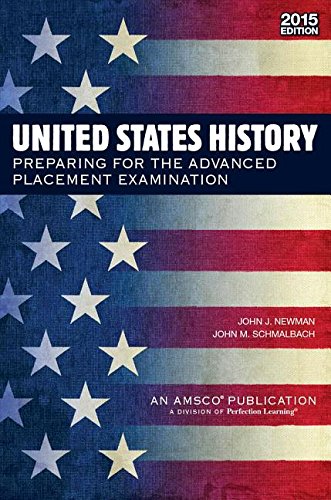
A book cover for United States History: Preparing for the Advanced Placement Examination (2015 Exam); John J. Newman; History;